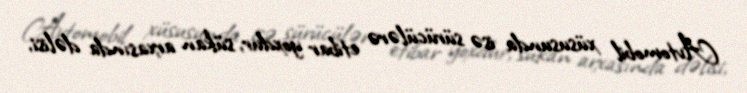
Avtomobil xüsusunda isə sürücülərə etibar yoxdur, sükan arxasında dəlisi,